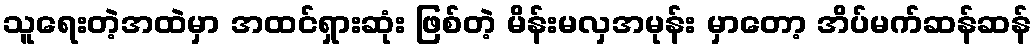
သူရေးတဲ့အထဲမှာ အထင်ရှားဆုံး ဖြစ်တဲ့ မိန်းမလှအမုန်း မှာတော့ အိပ်မက်ဆန်ဆန်